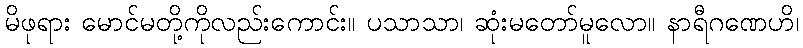
မိဖုရား မောင်မတို့ကိုလည်းကောင်း။ ပသာသာ၊ ဆုံးမတော်မူလော။ နာရီဂဏေဟိ၊